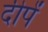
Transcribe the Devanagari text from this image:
दीपें